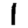
Digit: 1